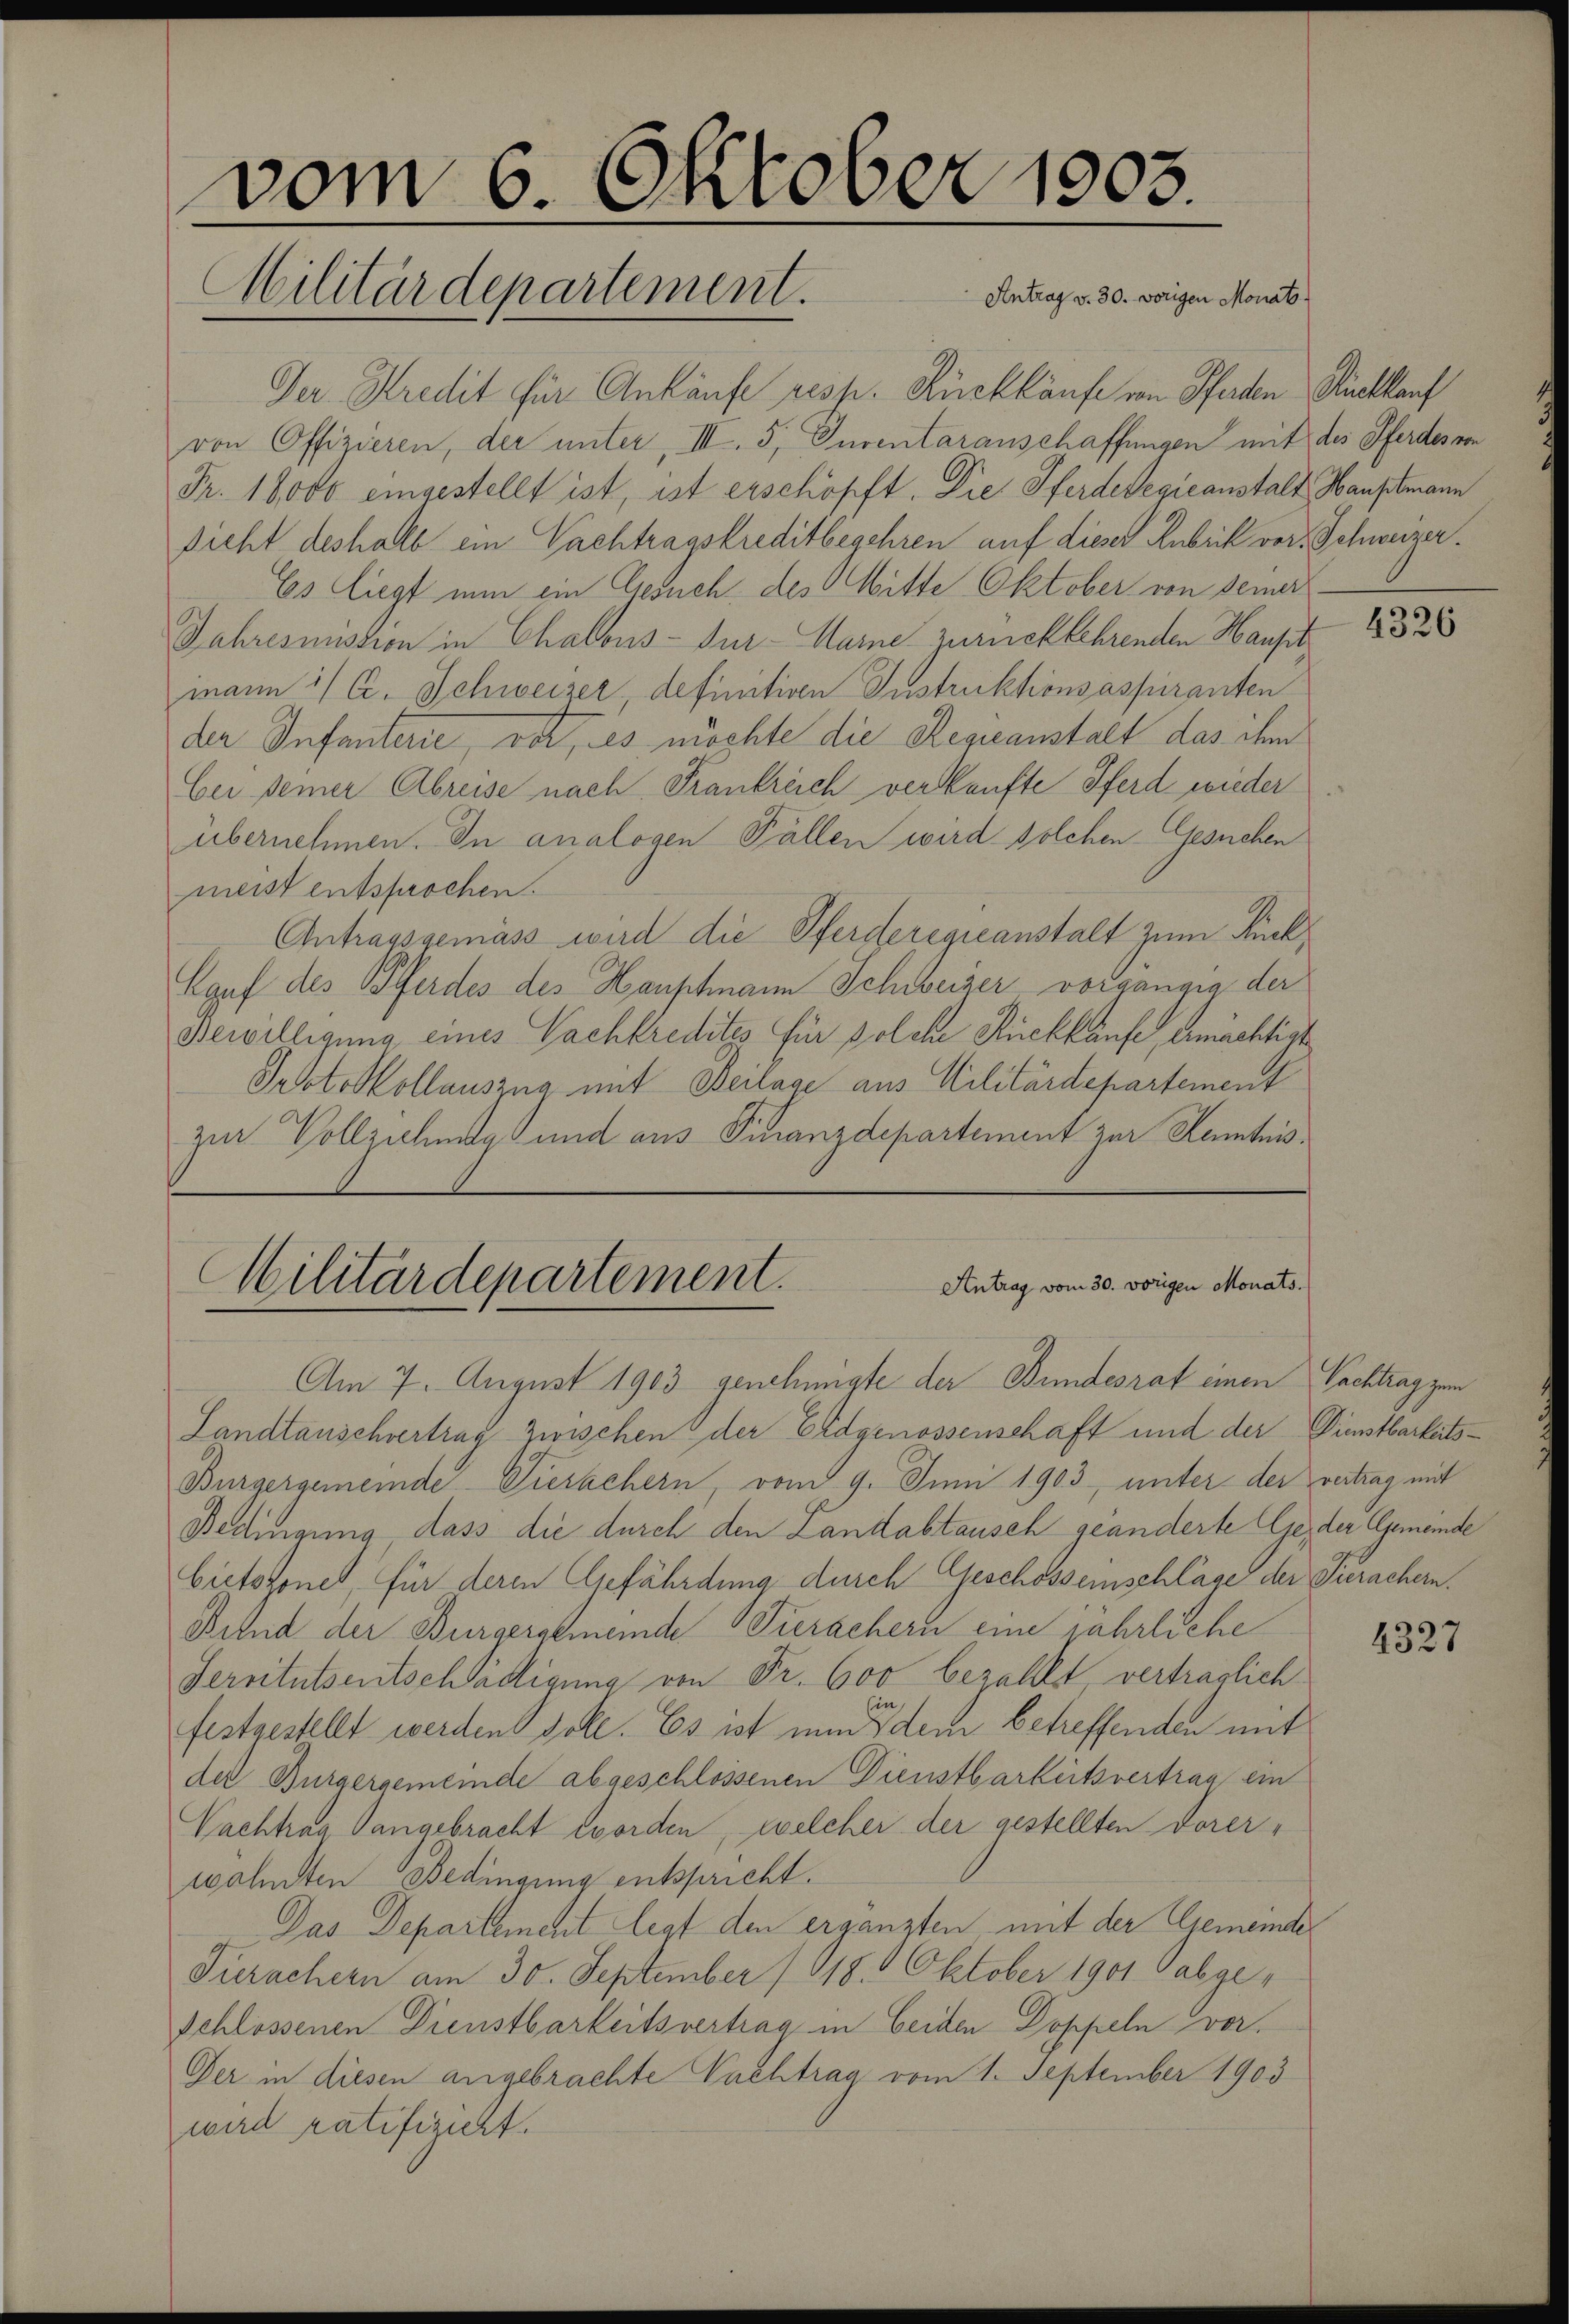
vom 6. Oktober 1903.
Militärdepartement.
Antrag v. 30. vorigen Monats

Der Kredit für Ankäufe resp. Rückkaufe von Pferden Rückkauf
von Offizieren, der unter, III. 5, Inventaranschaffungen mit des Pferdes von
Fr. 18000 eingestellt ist, ist erschöpft. Die Pferdelexicanstalt Hauptmann
sicht deshalb ein Vachtragskreditbegehren auf dieser Rubrik vor. Schweizer¬
Es liegt nun ein Gesuch des Mitte Oktober von seiner
Jahresmission in Chalous-Dur- Haine zurücklehrenden Hausit
mann :/ C. Schweizer, definitiven Instruktionsaspiranten
der Infanterie, vor, es möchte die Regieanstalt das ihm
bei seiner Abreise nach Frankreich verkaufte Pferd wieder
übernehmen. In analogen Fällen wird solchen Gesuchen
meist entsprochen.
Antragsgemäss wird die Pferderegieanstalt zum Rück
Kauf des Pferdes des Hauptmann Schweizer vorgängig der
Bewilligung eines Nachkredites für solche Rückkaufe, ermächtigt
Sebtokollauszug mit Beilage aus Militärdepartement
zur Vollziehung und aus Finanzdepartement zur Kenntnis¬

Antrag vom 30. vorigen Monats.
Militärdepartement.
Am 7. August 1903 genehmigte der Bundesrat einen Pachtrag zum

Landtauschvertrag zwischen der Eidgenossenschaft und der Dienstbarkeits¬
Bürgergemeinde-Viesachern, vom 9. Juni 1903, unter der vertrag mit
Bedingung dass die durch den Landabtausch geänderte Gse, der Gemeinde
bietsgones, für deren Gefährdung durch Geschosseinschläge der Jurachern.
Belnd der Bürgergemeinde Tierachern eine jährliche
Servitutsentschädigung von Fr. 600 bezahlt verträglich
Ein
festgestellt werden soll. Es ist nun dem betreffenden mit
der Bürgergemeinde abgeschlossenen Dienstbarkeitsvertrag ein
Nachtrag angebracht worden, welcher der gestellten Dorer-
wohnten Bedingung entspricht.
Das Departement legt den ergänzten mit der Gemeinde
Tierachern am 30. September 1818. Oktober 1901 abge¬
Schlossenen Dienstbarkeitsvertrag in Beiden Doppeln vor.
Der in diesen angebrachte Nachtrag vom 1. September 1903
wird ratifiziert.

4326

4327